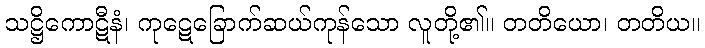
သဋ္ဌိကောဋီနံ၊ ကုဋေခြောက်ဆယ်ကုန်သော လူတို့၏။ တတိယော၊ တတိယ။